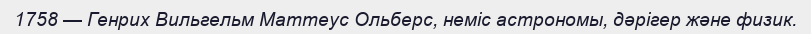
1758 — Генрих Вильгельм Маттеус Ольберс, неміс астрономы, дәрігер және физик.